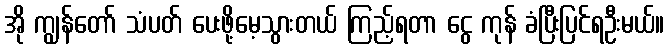
အို ကျွန်တော် သံပတ် ပေးဖို့မေ့သွားတယ် ကြည့်ရတာ ငွေ ကုန် ခံပြီးပြင်ရဦးမယ်။